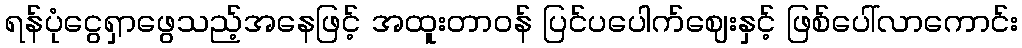
ရန်ပုံငွေရှာဖွေသည့်အနေဖြင့် အထူးတာဝန် ပြင်ပပေါက်ဈေးနှင့် ဖြစ်ပေါ်လာကောင်း